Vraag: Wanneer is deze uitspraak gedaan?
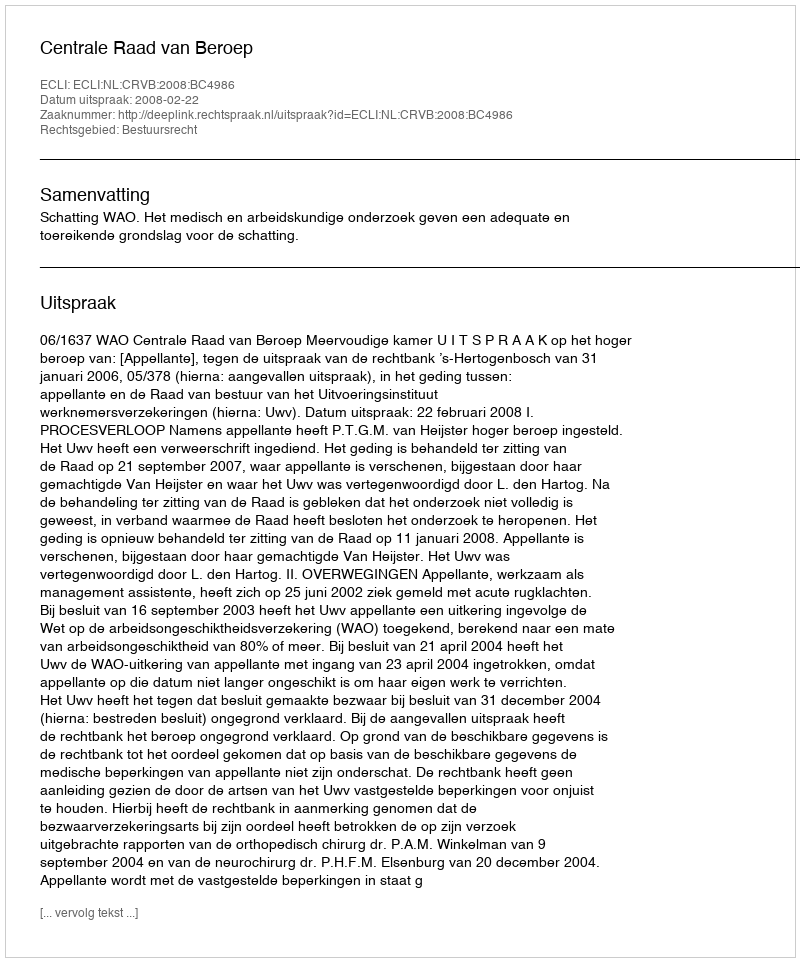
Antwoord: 2008-02-22